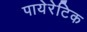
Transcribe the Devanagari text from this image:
पायेरेटिक